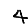
Digit: 4